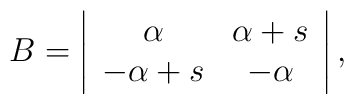
B=\left|\begin{array}{cc}\alpha  & \alpha +s \\-\alpha +s & -\alpha\end{array}\right| ,